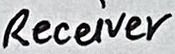
Text: Receiver